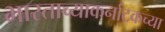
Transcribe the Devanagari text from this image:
भारताच्याकर्नाटकच्या